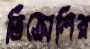
ভিক্রোলির